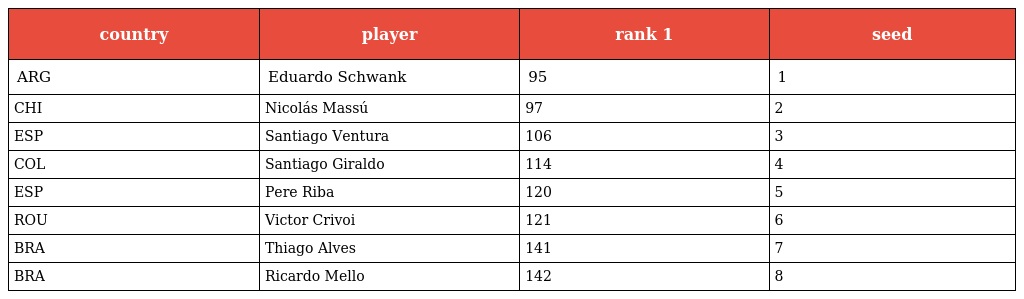
| country | player | rank 1 | seed |
 | --- | --- | --- | --- |
 | ARG | Eduardo Schwank | 95 | 1 |
 | CHI | Nicolás Massú | 97 | 2 |
 | ESP | Santiago Ventura | 106 | 3 |
 | COL | Santiago Giraldo | 114 | 4 |
 | ESP | Pere Riba | 120 | 5 |
 | ROU | Victor Crivoi | 121 | 6 |
 | BRA | Thiago Alves | 141 | 7 |
 | BRA | Ricardo Mello | 142 | 8 |